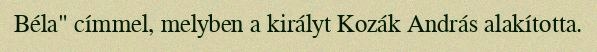
Béla" címmel, melyben a királyt Kozák András alakította.